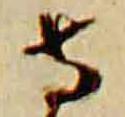
寺